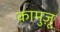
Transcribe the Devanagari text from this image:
कामुज़ू